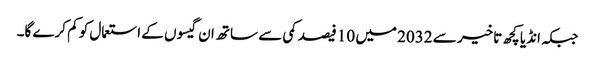
جبکہ انڈیا کچھ تاخیر سے 2032 میں 10 فیصد کمی سے ساتھ ان گیسوں کے استعمال کو کم کرے گا۔